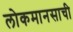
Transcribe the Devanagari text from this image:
लोकमानसाची